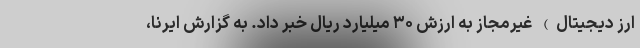
ارز دیجیتال) غیرمجاز به ارزش ۳۰ میلیارد ریال خبر داد. به گزارش ایرنا،